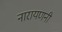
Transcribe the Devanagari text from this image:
नारायणनी